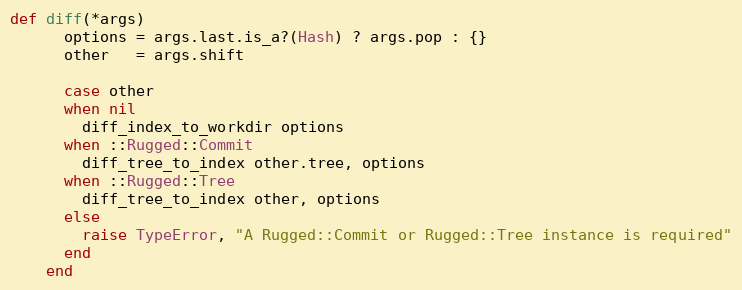
Language: Ruby
def diff(*args)
      options = args.last.is_a?(Hash) ? args.pop : {}
      other   = args.shift

      case other
      when nil
        diff_index_to_workdir options
      when ::Rugged::Commit
        diff_tree_to_index other.tree, options
      when ::Rugged::Tree
        diff_tree_to_index other, options
      else
        raise TypeError, "A Rugged::Commit or Rugged::Tree instance is required"
      end
    end